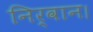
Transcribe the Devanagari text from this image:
निर्वान।